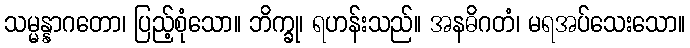
သမ္မန္နာဂတော၊ ပြည့်စုံသော။ ဘိက္ခု၊ ရဟန်းသည်။ အနဓိဂတံ၊ မရအပ်သေးသော။